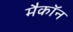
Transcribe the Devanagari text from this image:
मैकॉन